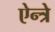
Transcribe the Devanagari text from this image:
ऐन्त्रे